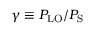
\gamma \equiv P _ { \mathrm { L O } } / P _ { \mathrm { S } }